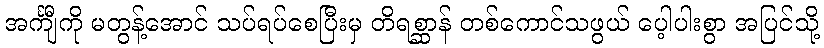
အင်္ကျီကို မတွန့်အောင် သပ်ရပ်စေပြီးမှ တိရစ္ဆာန် တစ်ကောင်သဖွယ် ပေ့ါပါးစွာ အပြင်သို့